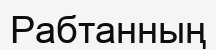
Рабтанның